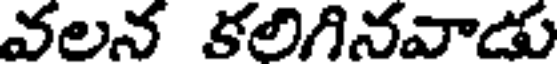
వలన కలిగినవాడు